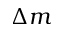
\Delta m